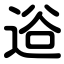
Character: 逧